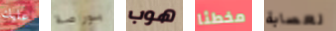
عليك بورصة هوب مخطئا لعصابة